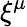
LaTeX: \xi^{\mu}